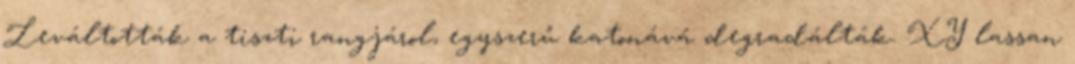
Leváltották a tiszti rangjárol, egyszerű katonává degradálták. XY lassan